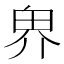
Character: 𪽐